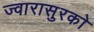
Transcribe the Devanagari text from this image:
ज्वारासुरकाे